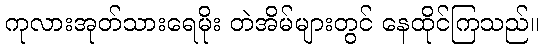
ကုလားအုတ်သားရေမိုး တဲအိမ်များတွင် နေထိုင်ကြသည်။